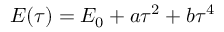
E ( \tau ) = E _ { 0 } + a \tau ^ { 2 } + b \tau ^ { 4 }